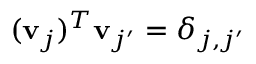
( \mathbf { v } _ { j } ) ^ { T } \mathbf { v } _ { j ^ { \prime } } = \delta _ { j , j ^ { \prime } }